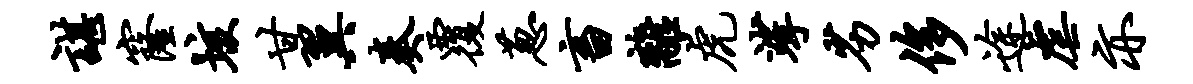
谌窿垓甘翼奏覆葱畜离虎挲劣侈途虐亦